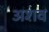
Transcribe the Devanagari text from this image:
अशव